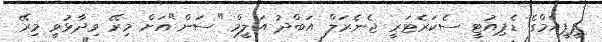
ޕީޕީއެމްގެ ޑެޕިއުޓީ ސެކަރެޓަރީ ޖެނެރަލް އަބްދު އަލީމް "ސަން"އަށް މިރޭ ވިދާޅުވީ މިރޭ